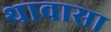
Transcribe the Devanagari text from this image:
थावासा